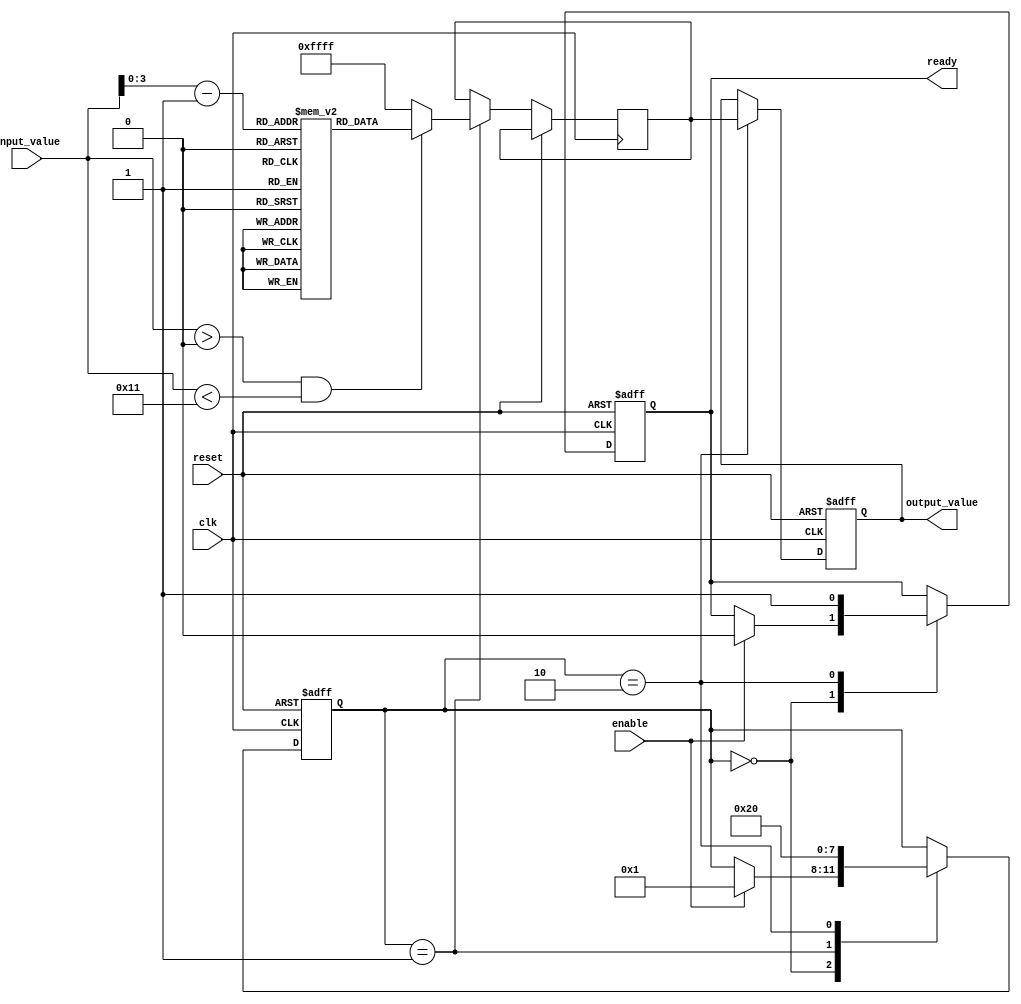
module LogarithmicUnit (
    input wire clk,
    input wire reset,
    input wire enable,
    input wire [15:0] input_value,  // Assume a 16-bit fixed-point input
    output reg [15:0] output_value,  // Assume a 16-bit fixed-point output
    output reg ready
);

    // Internal state
    reg [3:0] state;
    reg [15:0] lookup_table [0:15]; // Example lookup table for logarithm
    reg [15:0] computed_log;
    
    // State encoding
    localparam IDLE = 4'd0;
    localparam COMPUTE = 4'd1;
    localparam OUTPUT = 4'd2;

    // Initialize lookup table (logarithm base 2 for example)
    initial begin
        lookup_table[0] = 16'h0000; // log2(1) = 0
        lookup_table[1] = 16'h0000; // log2(2) = 1
        lookup_table[2] = 16'h0001; // log2(3) ~ 1.585
        lookup_table[3] = 16'h0001; // log2(4) = 2
        lookup_table[4] = 16'h0001; // log2(5) ~ 2.321
        lookup_table[5] = 16'h0001; // log2(6) ~ 2.585
        lookup_table[6] = 16'h0001; // log2(7) ~ 2.807
        lookup_table[7] = 16'h0002; // log2(8) = 3
        lookup_table[8] = 16'h0002; // log2(9) ~ 3.169
        lookup_table[9] = 16'h0002; // log2(10) ~ 3.321
        lookup_table[10] = 16'h0002; // log2(11) ~ 3.459
        lookup_table[11] = 16'h0002; // log2(12) ~ 3.585
        lookup_table[12] = 16'h0002; // log2(13) ~ 3.700
        lookup_table[13] = 16'h0002; // log2(14) ~ 3.807
        lookup_table[14] = 16'h0002; // log2(15) ~ 3.906
        lookup_table[15] = 16'h0003; // log2(16) = 4
    end

    // State machine for log computation
    always @(posedge clk or posedge reset) begin
        if (reset) begin
            state <= IDLE;
            output_value <= 16'h0000;
            ready <= 1'b0;
        end else begin
            case (state)
                IDLE: begin
                    if (enable) begin
                        state <= COMPUTE;
                        ready <= 1'b0;
                    end
                end
                COMPUTE: begin
                    // Simple lookup for demonstration; this can be replaced with a more complex algorithm
                    if (input_value > 0 && input_value < 17) begin
                        computed_log <= lookup_table[input_value - 1];
                    end else begin
                        computed_log <= 16'hFFFF; // Handle out of range
                    end
                    state <= OUTPUT;
                end
                OUTPUT: begin
                    output_value <= computed_log;
                    ready <= 1'b1;
                    state <= IDLE; // Go back to idle after output
                end
            endcase
        end
    end

endmodule